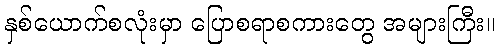
နှစ်ယောက်စလုံးမှာ ပြောစရာစကားတွေ အများကြီး။